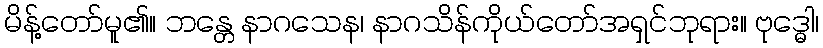
မိန့်တော်မူ၏။ ဘန္တေ နာဂသေန၊ နာဂသိန်ကိုယ်တော်အရှင်ဘုရား။ ဗုဒ္ဓေါ၊